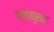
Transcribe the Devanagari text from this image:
दलानुसार